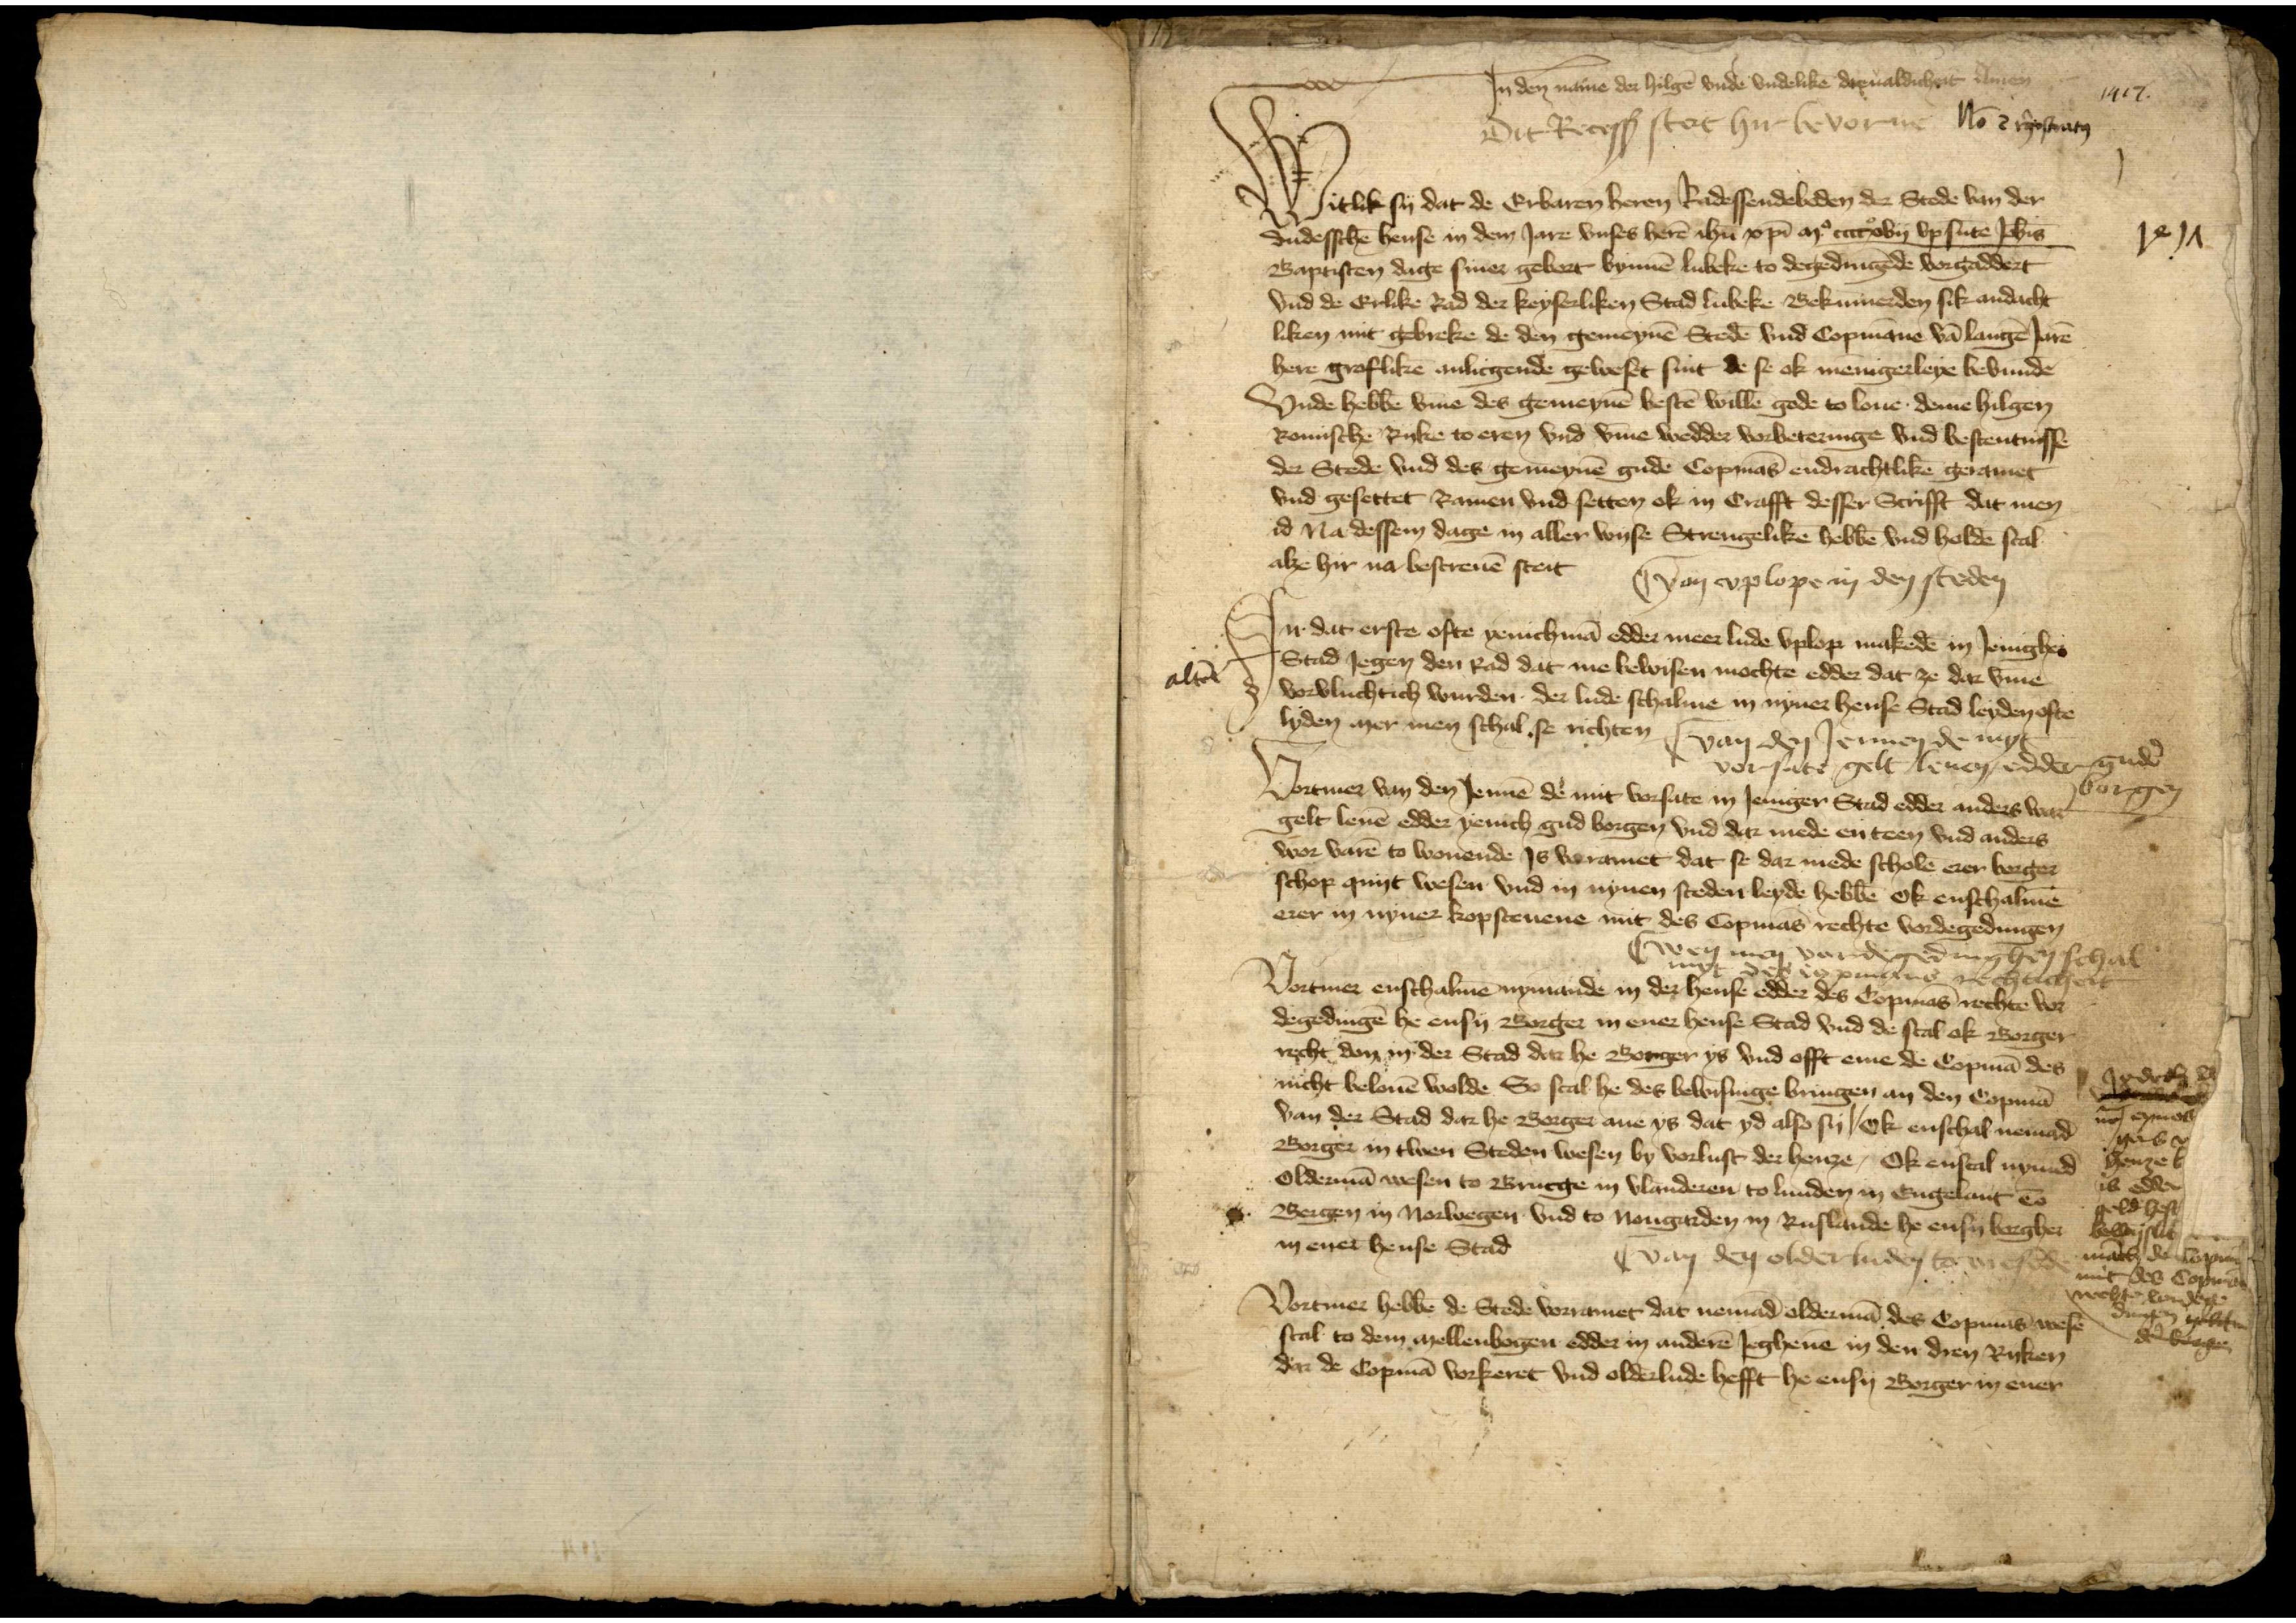
Jn den name der hilgē vnde vndelikē dreualdicheit Amen 
1417
Dit Recesß steit hir bevorne NO 2 r̉gestrato̧

1417

Witlik sy dat de Erbaren heren Radessendeboden der Stede van der
dudesschē hense in dem Jare vnses herē ihu xpī mo ccccxviij vp sūte Joh̄is
Baptisten dage siner gebort bynnē Lubeke to degedingēde vorgaddert
vnd de Erlike Rad der keyserliken Stad Lubeke Bekumerden sik andacht¬
liken mit gebreke de den gemeynē Stedē vnd Copmāne vā langē Jarē
here groslikē anlicgende geweset sint de se ok menigerleye bevundē
Vnde hebbē vmme des gemeynē bestē willē gode to louē deme hilgen
Romische Ryke to eren vnd v̄me wedder vorbeteringe vnd bestentnisse
der Stede vnd des gemeynē guden Copmās endrachtlikē geramet
vnd gesettet Ramen vnd setten ok in Crafft desser Scrifft dat men
id Na dessem dage in aller wyse Strengelikē hebbē vnd holdē scal
alze hir na bescreuē steit

Van vplope in den steden

Jn dat erste ofte yenichmā edder meer lude vplop makedē in Jenigher
Stad Jegen den Rad dat me bewisen mochte edder dat ze dar v̄me 
alt de vorvluchtich wurden der lude schalme in nyner hense Stad leyden ofte
lyden mer men schal se richten van den Jennen de mys

J

altē

van den Jennen de myt
vor sate gelt leuen, edder gudē
borgen

Vortmer van den Jennē de mit vorsate in Jeniger Stad edder anders war
gelt leuē edder yenich gud borgen vnd dar mede en teen vnd anders
wor varē to wonende Js vorramet dat se dar mede scholen erer borger
schop quyt wesen vnd in nynen steden leyde hebbē ok enschalmē
erer in nyner kopsteuene mit des Copmās rechte vordegedingen

en men vordegedinghen schal
t Copmans rechticheit

Vortmer enschalmē nymande in der hense edder des Copmās rechte vor
degedingē he ensy Borger ener hense Stad vnd de scal ok Borger¬
recht don in der Stad dar he Borger ys vnd offt eme de Copmā des
nicht belouē wolde So scal he des bē bringen an den Copmā 
van der Stad dar he Borger ane ys dat yd also sy, Ok enschal nemād 
Borger in twen Steden wesen by vorlust der henze, Ok enscal nymed
Oldermā wesen to Brucge in Vlanderen to lunden in Engelant to 
I Bergen in Norwegen vnd to Nougarden in Ruslande he ensy borgher
in eret hense Stad

Jodoch de
de
in enes
ge b
henze t
is edder
geld heft
bewislik
mach de Copmā
mit des Copmā
rechte wondage
in dat
dage

I van den olderluden to

rechte wondage
Vortmer hebbē de Stede vorramet dat nemād oldermā des Copmās wesē
scal to dem mellenbogen edder in anderē Jeghenē in den dren Ryken 
dar de Copmā vorkeret vnd olderlude hefft he ensy Borger in ener